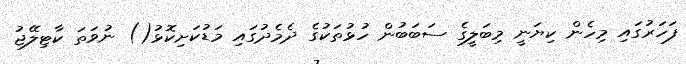
ފަހަރުގައި މިހެން ކިޔަނީ މިބަލީގެ ސަބަބުން ހުޅުތަކުގެ ދެމެދުގައި މަޑުކަށިކޮޅު() ނުވަތަ ކާޓިލޭޖު